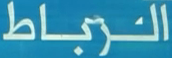
الرباط